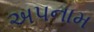
અપનામ